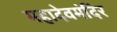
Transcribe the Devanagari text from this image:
महादेवमंदिर